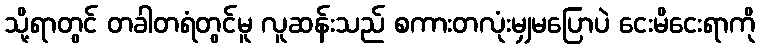
သို့ရာတွင် တခါတရံတွင်မူ လူဆန်းသည် စကားတလုံးမျှမပြောပဲ ငေးမိငေးရာကို